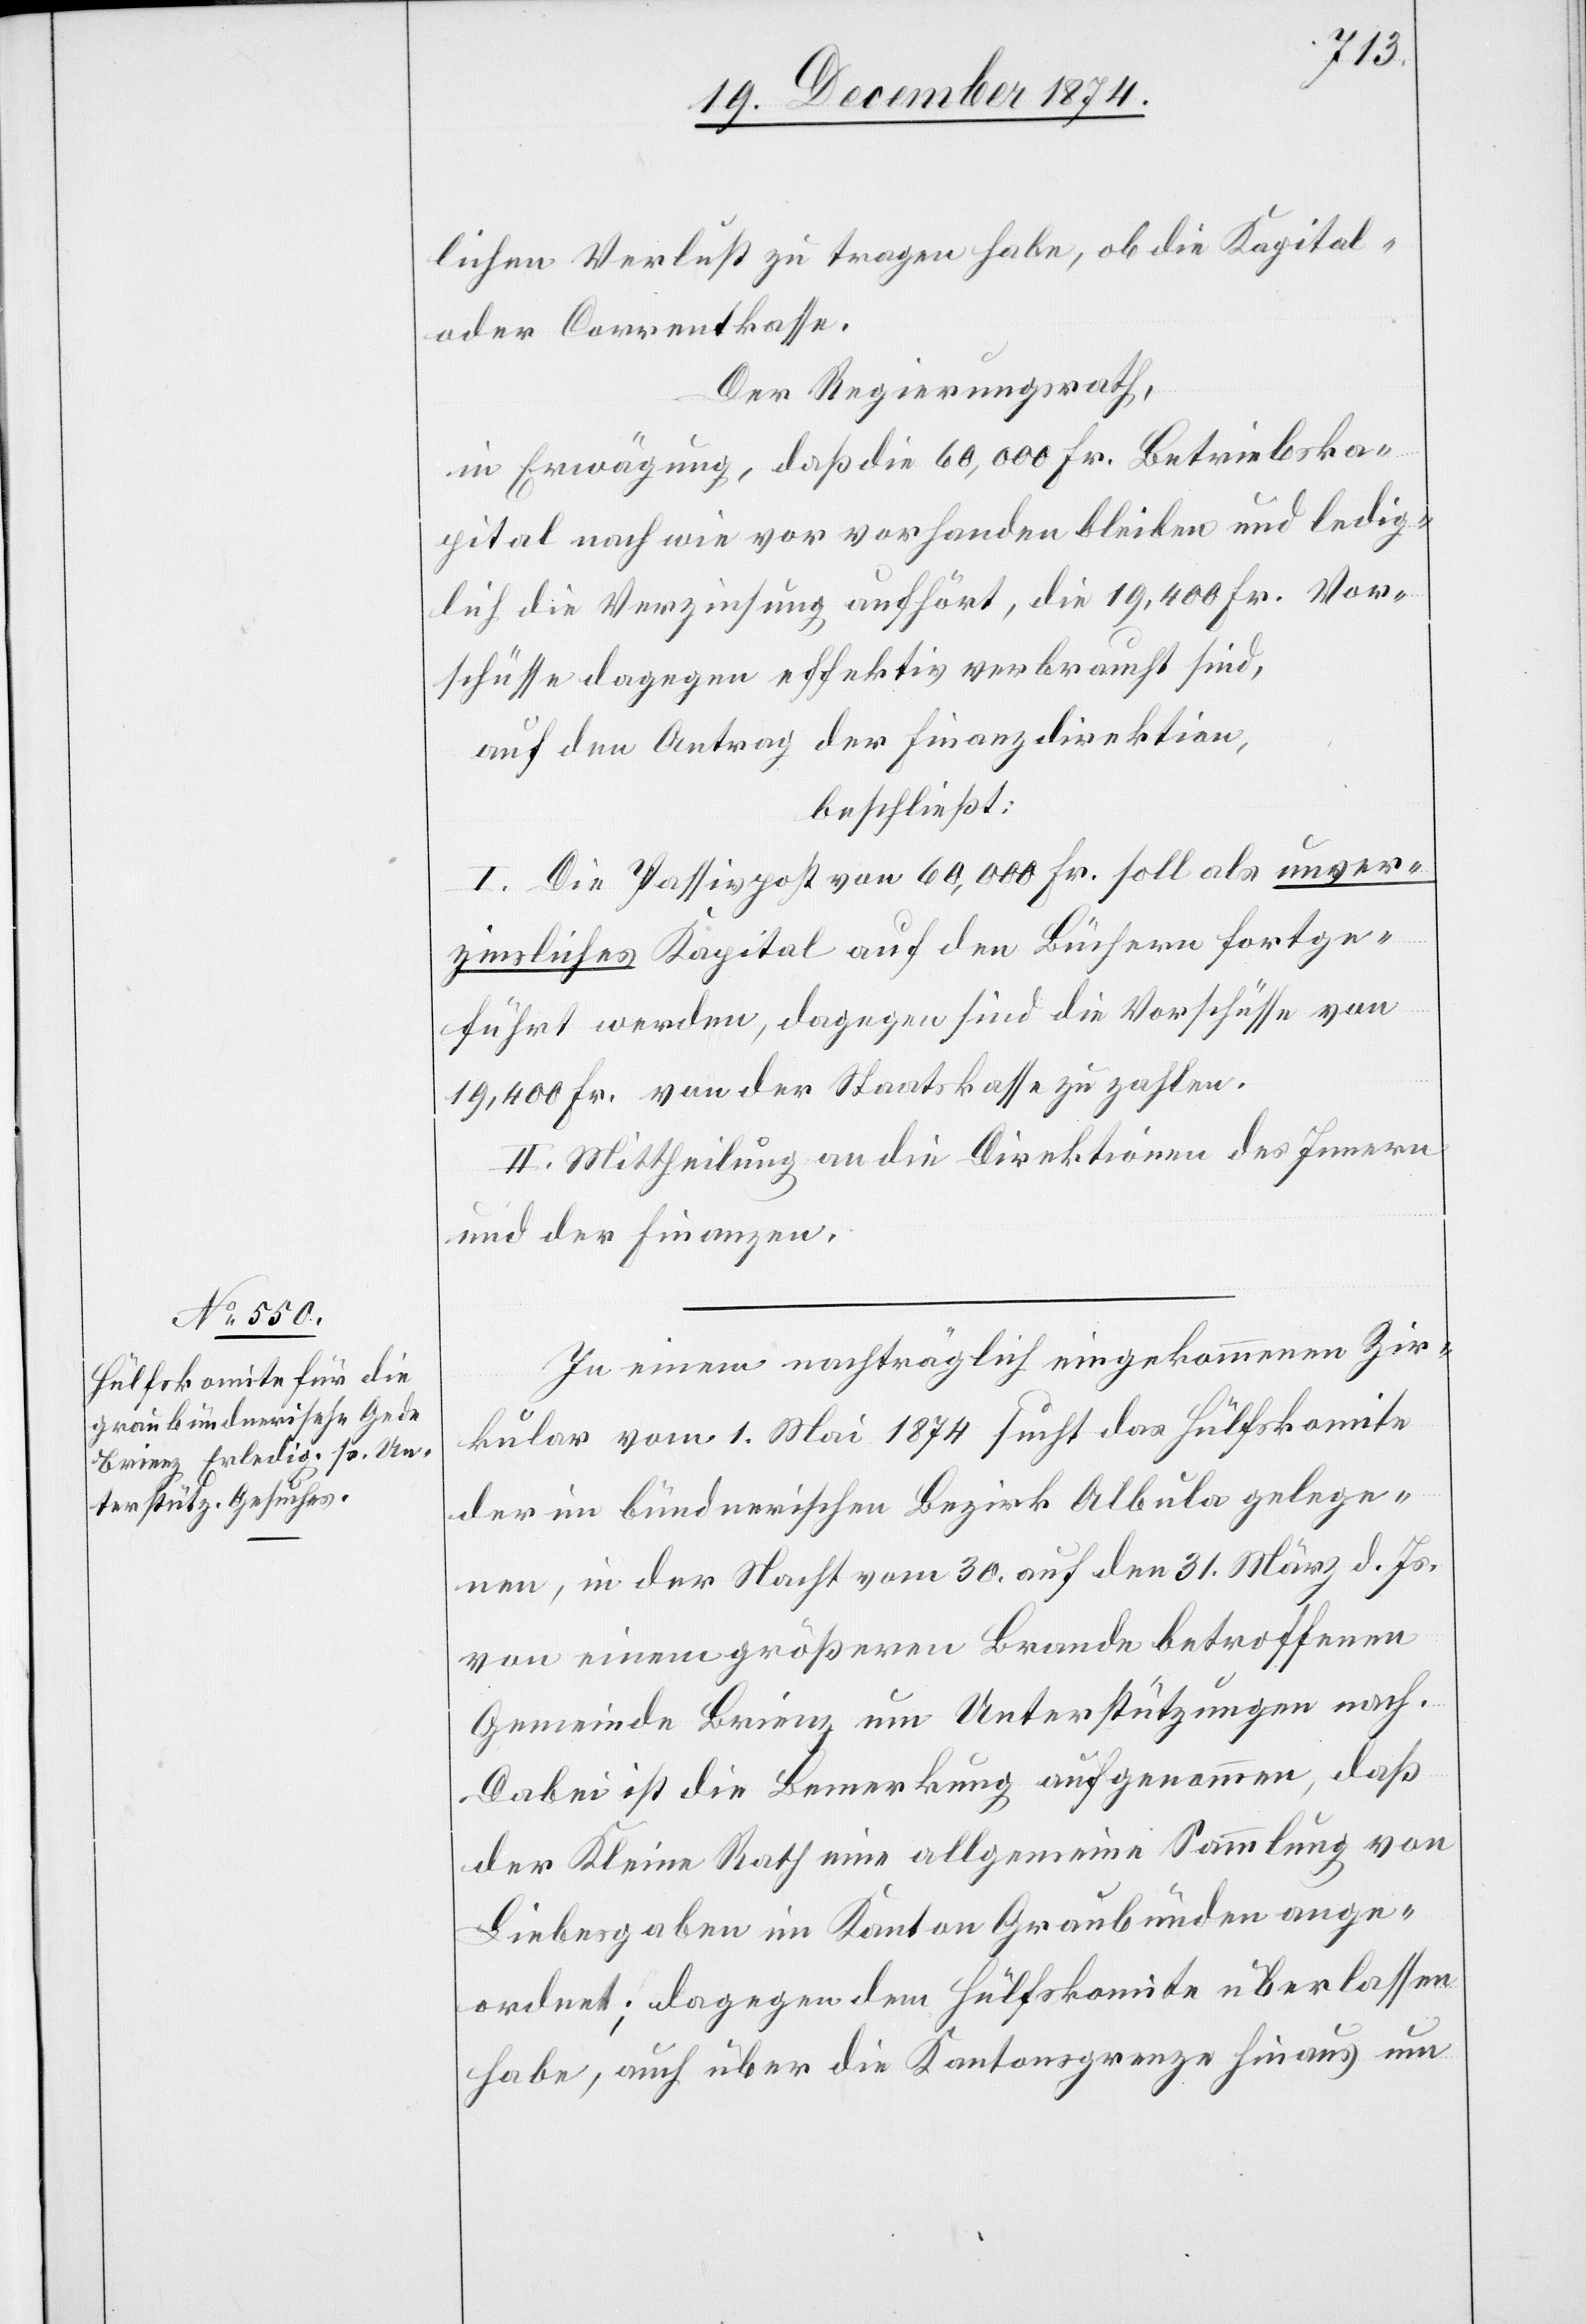
lichen Verlust zu tragen habe, ob die Kapital-
oder Correntkasse.
Der Regierungsrath,
in Erwägung, daß die 60,000 Fr. Betriebska¬
pital nach wie vor vorhanden bleiben und ledig¬
lich die Verzinsung aufhört, die 19,400 Fr. Vor¬
schüsse dagegen effektiv verbraucht sind,
auf den Antrag der Finanzdirektion,
beschließt:
I. Die Passivpost von 60,000 Fr. soll als unver¬
zinsliches Kapital auf den Büchern fortge¬
führt werden, dagegen sind die Vorschüsse von
19,400 Fr. von der Staatskasse zu zahlen.
II. Mittheilung an die Direktionen des Innern
und der Finanzen.
In einem nachträglich eingekommenen Zir¬
kular vom 1. Mai 1874 sucht das Hülfskomite
der im bündnerischen Bezirk Albula gelege¬
nen, in der Nacht vom 30. auf den 31. März d. Js.
von einem größeren Brande betroffenen
Gemeinde Brienz um Unterstützungen nach.
Dabei ist die Bemerkung aufgenommen, daß
der Kleine Rath eine allgemeine Sammlung von
Liebesgaben im Kanton Graubünden ange¬
ordnet; dagegen dem Hülfskomite überlassen
habe, auch über die Kantonsgrenze hinaus um